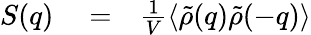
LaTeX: \begin{array}{rlr}{S(q)}&{{}=}&{\frac{1}{V}\left\langle\tilde{\rho}(q)\tilde{\rho}(-q)\right\rangle}\end{array}